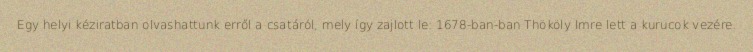
Egy helyi kéziratban olvashattunk erről a csatáról, mely így zajlott le: 1678-ban-ban Thököly Imre lett a kurucok vezére.